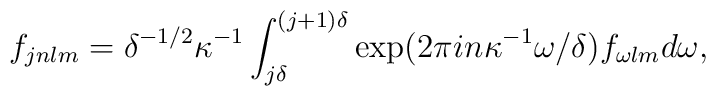
f_{jnlm}=\delta ^{-1/2}\kappa^{-1}\int ^{(j+1)\delta}_{j\delta}\exp (2\pi in\kappa^{-1}\omega /\delta )f_{\omega lm}d\omega ,